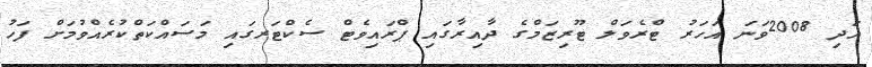
އަދި 2008ވަނަ އަހަރު ޓްރެވަލް ޓޫރިޒަމްގެ ދާއިރާގައި ޕްރައިވެޓް ސެކްޓަރގައި މަސައްކަތްކުރެއްވުމަށް ފަހު